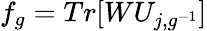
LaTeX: f_{g}=Tr[WU_{j,g^{-1}}]